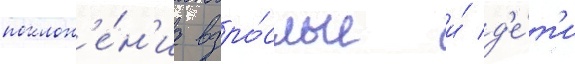
поклон'е́н'иа взро́слые и́ д'е́т'и